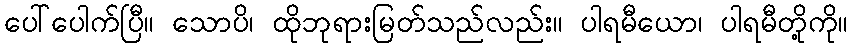
ပေါ်ပေါက်ပြီ။ သောပိ၊ ထိုဘုရားမြတ်သည်လည်း။ ပါရမီယော၊ ပါရမီတို့ကို။